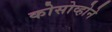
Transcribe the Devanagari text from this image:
कोसोव्होने